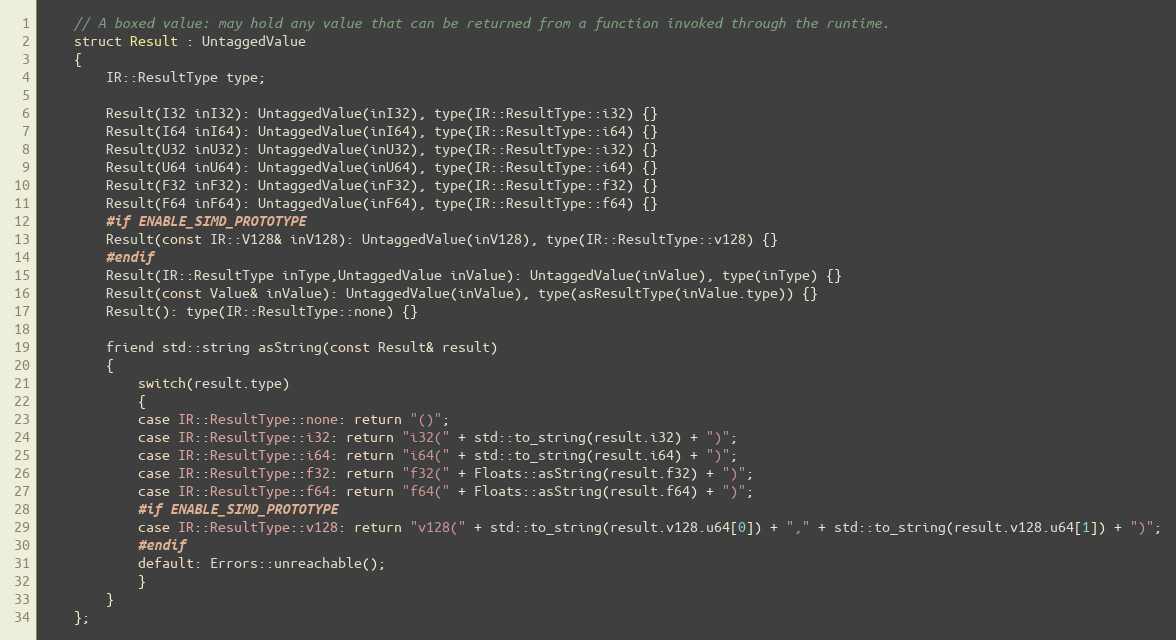
Language: C
	// A boxed value: may hold any value that can be returned from a function invoked through the runtime.
	struct Result : UntaggedValue
	{
		IR::ResultType type;

		Result(I32 inI32): UntaggedValue(inI32), type(IR::ResultType::i32) {}
		Result(I64 inI64): UntaggedValue(inI64), type(IR::ResultType::i64) {}
		Result(U32 inU32): UntaggedValue(inU32), type(IR::ResultType::i32) {}
		Result(U64 inU64): UntaggedValue(inU64), type(IR::ResultType::i64) {}
		Result(F32 inF32): UntaggedValue(inF32), type(IR::ResultType::f32) {}
		Result(F64 inF64): UntaggedValue(inF64), type(IR::ResultType::f64) {}
		#if ENABLE_SIMD_PROTOTYPE
		Result(const IR::V128& inV128): UntaggedValue(inV128), type(IR::ResultType::v128) {}
		#endif
		Result(IR::ResultType inType,UntaggedValue inValue): UntaggedValue(inValue), type(inType) {}
		Result(const Value& inValue): UntaggedValue(inValue), type(asResultType(inValue.type)) {}
		Result(): type(IR::ResultType::none) {}

		friend std::string asString(const Result& result)
		{
			switch(result.type)
			{
			case IR::ResultType::none: return "()";
			case IR::ResultType::i32: return "i32(" + std::to_string(result.i32) + ")";
			case IR::ResultType::i64: return "i64(" + std::to_string(result.i64) + ")";
			case IR::ResultType::f32: return "f32(" + Floats::asString(result.f32) + ")";
			case IR::ResultType::f64: return "f64(" + Floats::asString(result.f64) + ")";
			#if ENABLE_SIMD_PROTOTYPE
			case IR::ResultType::v128: return "v128(" + std::to_string(result.v128.u64[0]) + "," + std::to_string(result.v128.u64[1]) + ")";
			#endif
			default: Errors::unreachable();
			}
		}
	};